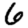
Digit: 6